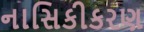
નાસિકીકરણ